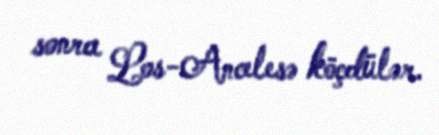
sonra Los-Ancelesə köçdülər.